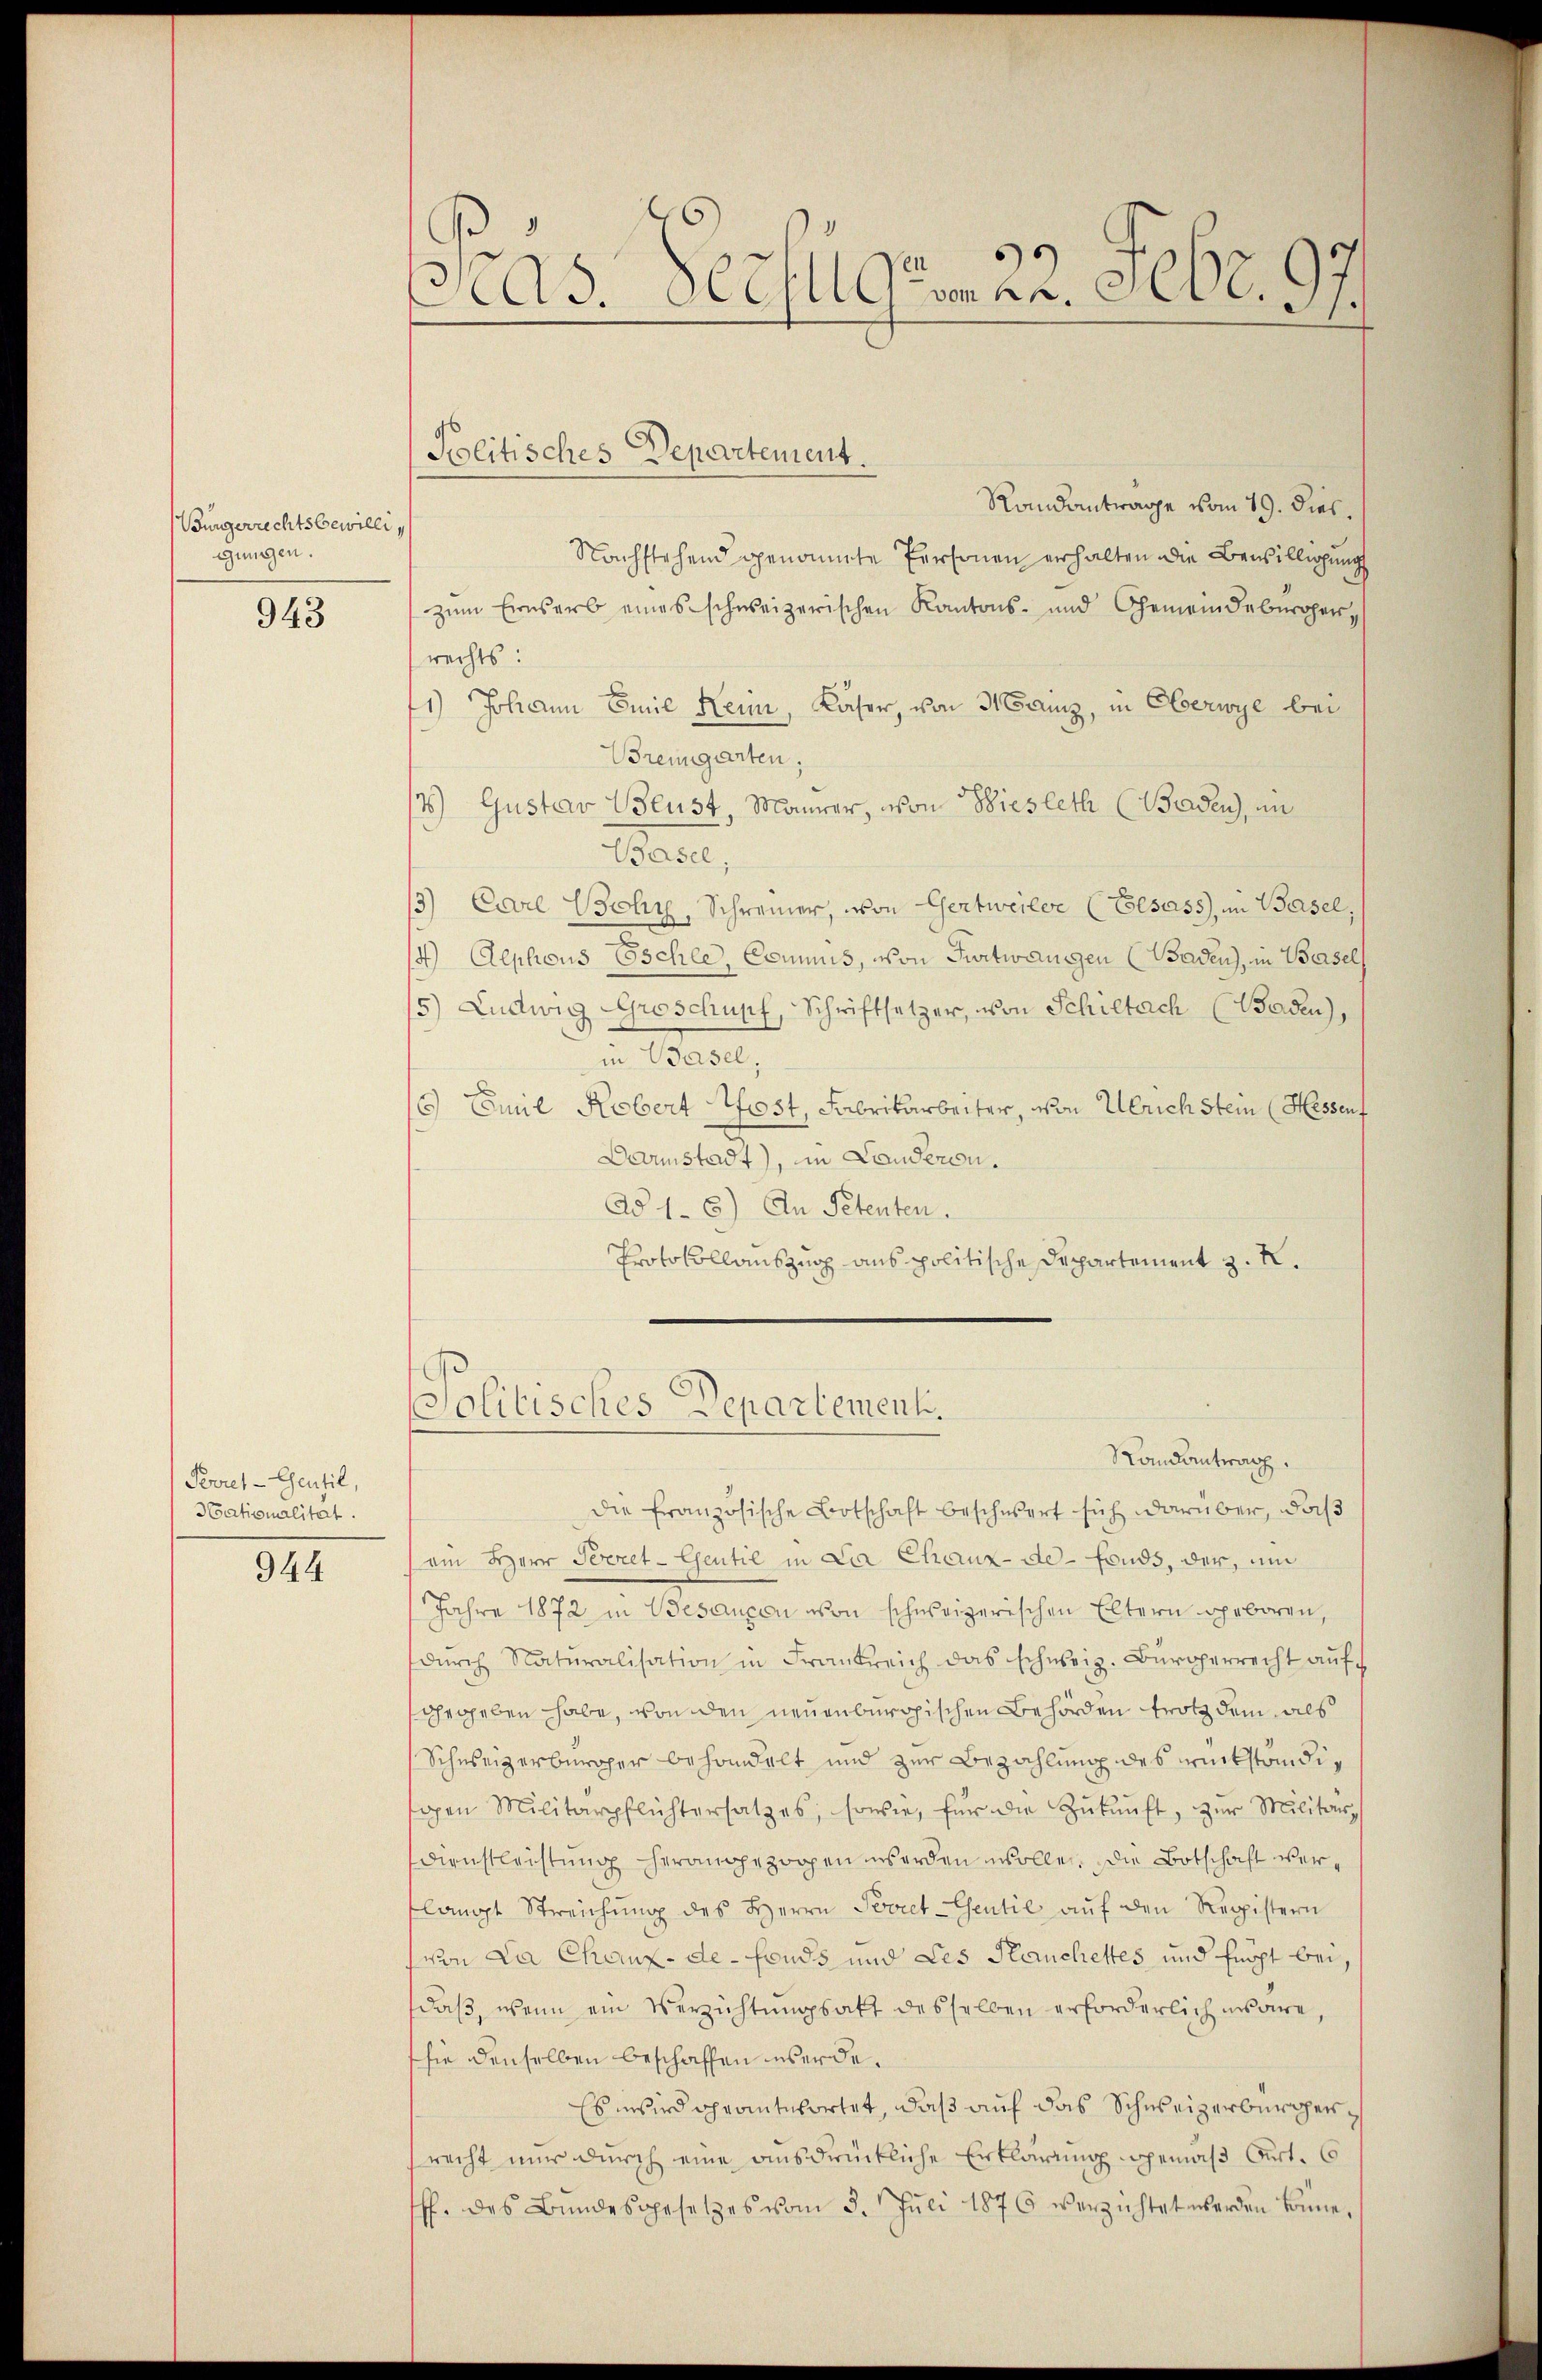
Bürgerrechtsbewillig
gungen.

943

Perret-Gentil,
Nationalität.

944

Preis. Verfügen 22. Febr. 97

Politisches Departement.

Randantrage vom 19. dies
Nachstehend genannte Personen erhalten die Bewilligung
zum Ernsarb eines schweizerischen Kantons- und Gemeindebürger,
rechts:
1) Johann Emil Heim, Kaser, von Mainz, in Oberwye bei
Bremgarten,
7) Gustav Wlust, Maurer, von Wiesleth (Baden, an
ace,
3) Carl Bchy, Schreiner, von Gertweiler (Elsass, in Basel,
4) Alphons Eschle, Commis, von Furtwangen (Baden, in Basel
5) Ludwig Groschupf, Schriftsetzer, von Schillach (Baden),
in Basel;
/ Emil Robert Pfost, Fabrikarbeiter, von Ulrich stein (Hessens
Darmstadt), in Landeren.
Ad 1.- 6) An Petenten.
Protokollauszug aus politische Departement z. R.
Politisches Departement.
Randantrag.
die französische Botschaft beschwert sich darüber, daß
am Herr Secret-Gentie in der Chaux-de-Fonds, der, um
Jahre 1872 in Besancen von schweizerischen Eltern geboren,
dŭrch Natŭralisation in Frankreich das schweiz. Bürgerrecht aŭf
Ghergeben habe, von den neuenburgischen Behörden trotz dem als
Schweizerbürger behandelt und zur Bezahlung des rückständig
gen Militärpflichtersatzes, sowie, für die Zŭkŭnft, zŭr Militär-
Dienstleistung herangezogen werden wollen, die Botschaft verlangt Streichŭng des Herrn Perret-Esentie aŭf den Registern
von La Chaux-de-Fonds und Les Hauchettes und fügt bei,
daß, wenn ein Verzichtungsakt desselben erforderlich wäre,
sie denselben beschaffen werde.
Es wird geantwortet, daß auf das Schweizerbürgersrecht nur durch eine ausdrückliche Erklärung gemäß Art. 6
ff. des Bundesgesetzes vom 5. Juli 1876 verzichtet werden könne.